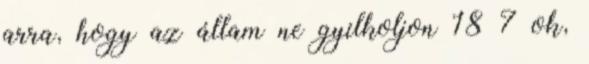
arra, hogy az állam ne gyilkoljon 18 7 ok,